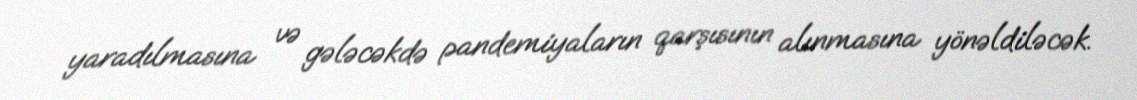
yaradılmasına və gələcəkdə pandemiyaların qarşısının alınmasına yönəldiləcək.